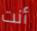
أنت